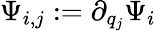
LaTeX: \Psi_{i,j}:=\partial_{q_{j}}\Psi_{i}